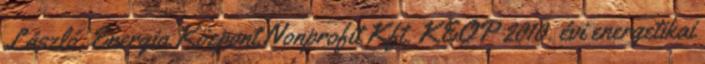
László, Energia Központ Nonprofit Kft. KEOP 2010. évi energetikai